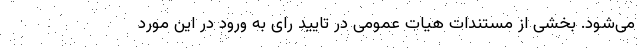
می‌شود. بخشی از مستندات هیات عمومی در تایید رای به ورود در این مورد